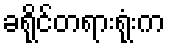
ခရိုင်တရားရုံးက